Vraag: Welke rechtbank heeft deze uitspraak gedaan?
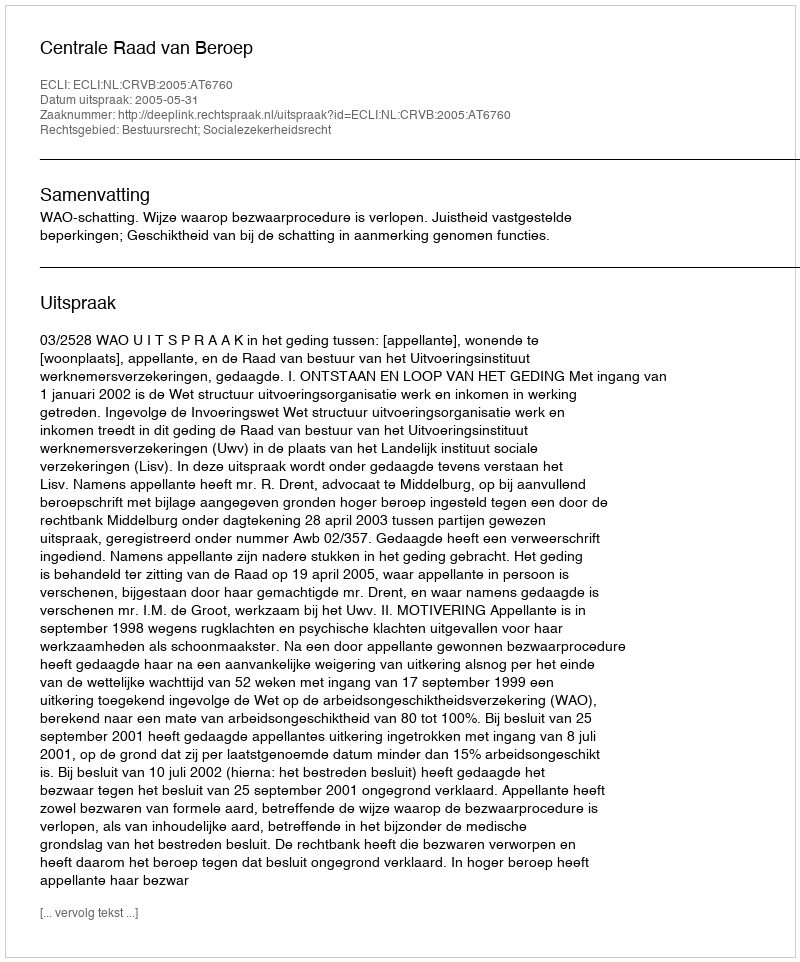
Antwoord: Centrale Raad van Beroep